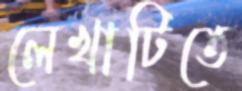
লেখাটিতে